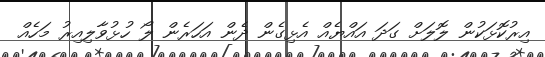
އިރުކޮޅަކުން ލޮލަށް ގަދަ އައްޔެއް އެޅިގެން ދެން އަހަރެން ލޯ ހުޅުވާލިއިރު މަހެއް